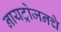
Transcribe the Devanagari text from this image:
नायट्रोजनचे